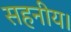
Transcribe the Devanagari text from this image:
सहनीय।